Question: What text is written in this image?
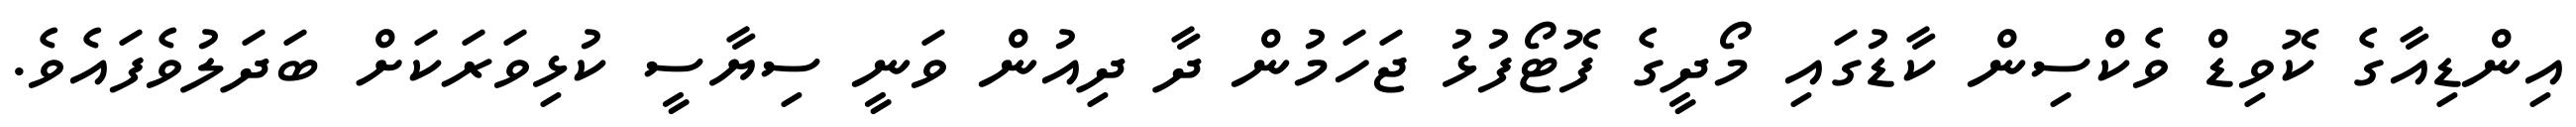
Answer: އިންޑިއާގެ ކޮވިޑް ވެކްސިން ކާޑުގައި މޯދީގެ ފޮޓޯފުޅު ޖަހަމުން ދާ ދިއުން ވަނީ ސިޔާސީ ކުޅިވަރަކަށް ބަދަލުވެފައެވެ.